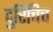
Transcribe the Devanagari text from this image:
दुरिचिच